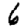
Digit: 6